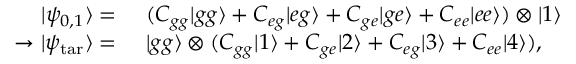
\begin{array} { r l } { | \psi _ { 0 , 1 } \rangle = } & { ~ ( C _ { g g } | g g \rangle + C _ { e g } | e g \rangle + C _ { g e } | g e \rangle + C _ { e e } | e e \rangle ) \otimes | 1 \rangle } \\ { \rightarrow | \psi _ { \mathrm { t a r } } \rangle = } & { ~ | g g \rangle \otimes ( C _ { g g } | 1 \rangle + C _ { g e } | 2 \rangle + C _ { e g } | 3 \rangle + C _ { e e } | 4 \rangle ) , } \end{array}